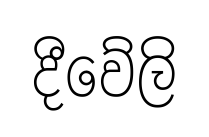
දීවේලි